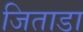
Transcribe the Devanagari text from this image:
जिताडा